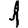
Digit: 1